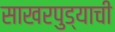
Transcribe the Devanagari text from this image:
साखरपुड्याची